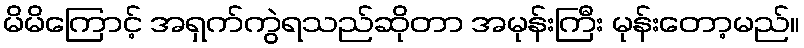
မိမိကြောင့် အရှက်ကွဲရသည်ဆိုတာ အမုန်းကြီး မုန်းတော့မည်။